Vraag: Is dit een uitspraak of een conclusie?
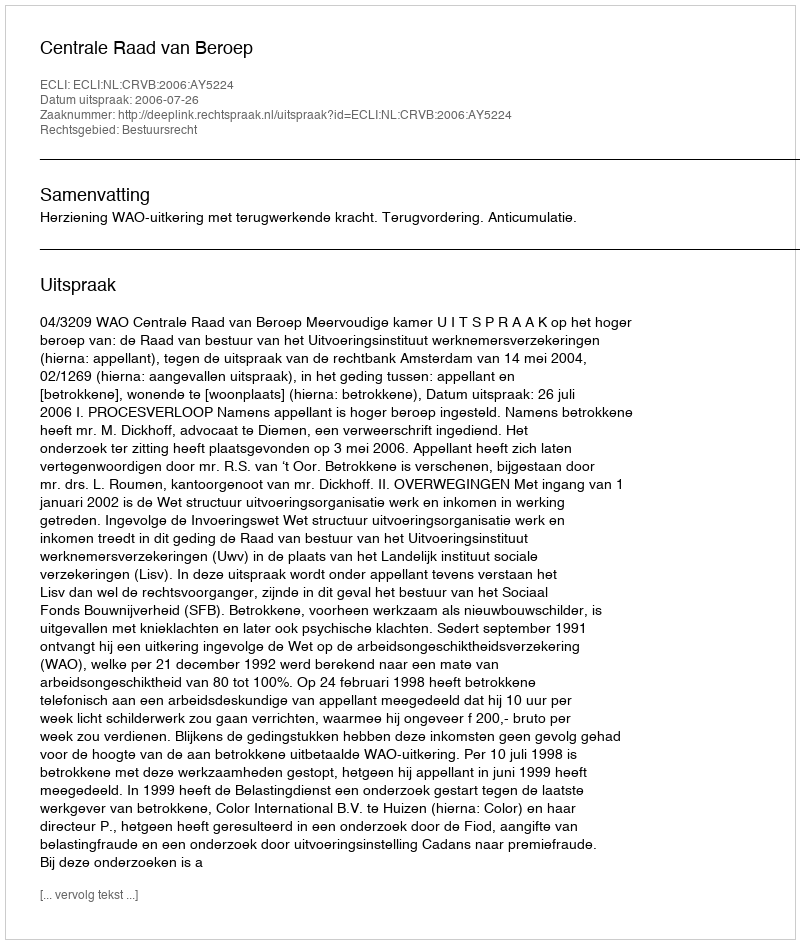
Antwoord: Uitspraak